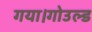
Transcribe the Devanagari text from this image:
गया।गोउल्‍ड